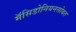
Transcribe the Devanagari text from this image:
मॅसिडोनियनसोबत